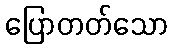
ပြောတတ်သော